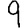
Digit: 9